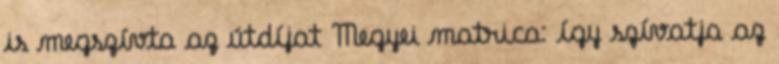
is megszívta az útdíjat Megyei matrica: így szívatja az